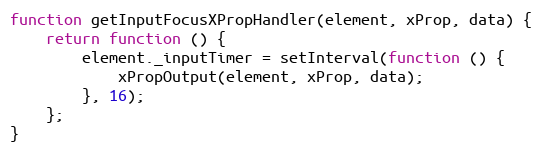
Language: JavaScript
function getInputFocusXPropHandler(element, xProp, data) {
    return function () {
        element._inputTimer = setInterval(function () {
            xPropOutput(element, xProp, data);
        }, 16);
    };
}